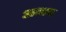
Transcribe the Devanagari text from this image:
अमाम